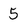
Character: 5